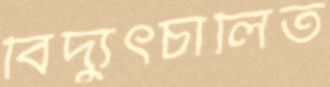
বিদ্যুৎচালিত